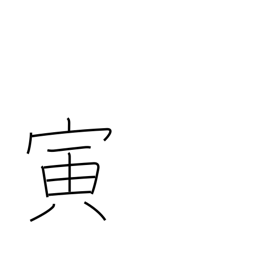
Meaning: sign of the tiger